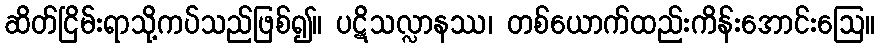
ဆိတ်ငြိမ်းရာသို့ကပ်သည်ဖြစ်၍။ ပဋိသလ္လာနဿ၊ တစ်ယောက်ထည်းကိန်းအောင်းဩေ။